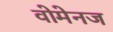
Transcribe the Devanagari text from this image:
वोमेनज